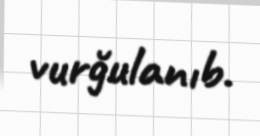
vurğulanıb.